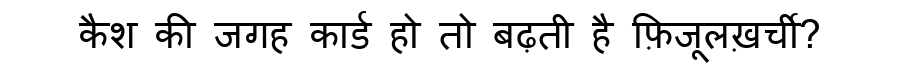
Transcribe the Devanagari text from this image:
कैश की जगह कार्ड हो तो बढ़ती है फ़िजूलख़र्ची?